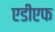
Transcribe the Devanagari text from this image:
एडीएफ